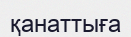
қанаттыға